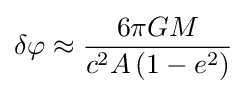
\delta \varphi \approx {\frac {6\pi GM}{c^{2}A\left(1-e^{2}\right)}}